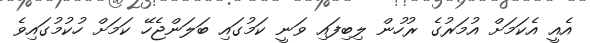
އެއީ އެކަމަށް އުމަރުގެ ރުހުން ލިބިފައި ވަނީ ކަމުގައި ބަލަންޖެހޭ ކަމަށް ހުކުމުގައިވެ